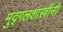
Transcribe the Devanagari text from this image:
मुद्गलशास्त्रींनी